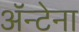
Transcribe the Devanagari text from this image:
ॲन्टेना